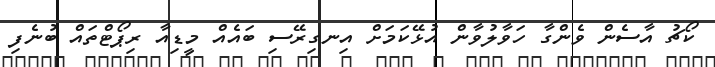
ކޯޗު އާސެން ވެންގާ ހަވާލުވާން އުޅޭކަމަށް އިނގިރޭސި ބައެއް މީޑިއާ ރިޕޯޓްތައް ބުނެފި